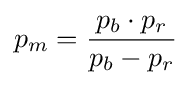
p_{m}={\frac {p_{b}\cdot p_{r}}{p_{b}-p_{r}}}